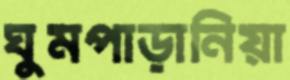
ঘুমপাড়ানিয়া